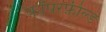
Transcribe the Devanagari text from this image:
कॉपरफ़ील्ड